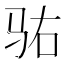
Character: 𱅆